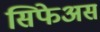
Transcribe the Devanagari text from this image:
सिफेअस